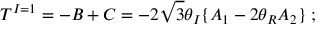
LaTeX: T ^ { I = 1 } = - B + C = - 2 \sqrt { 3 } \theta _ { I } \{ A _ { 1 } - 2 \theta _ { R } A _ { 2 } \} \; ;